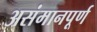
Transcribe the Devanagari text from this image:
असंमानपूर्ण